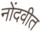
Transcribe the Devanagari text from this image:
नोंदवीत